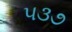
૫૩૭